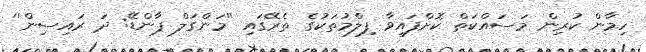
ހިމާން ކުރިން މަސައްކަތް ކޮށްފައިވާ ފިލްމުތަކުގެ ތެރޭގައި ''މަންގަލް ޕާންޑޭ: ދަ ރައިސިން''